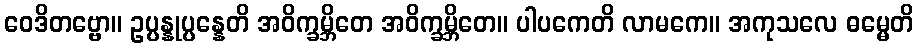
ဝေဒိတဗ္ဗော။ ဥပ္ပန္နုပ္ပန္နေတိ အဝိက္ခမ္ဘိတေ အဝိက္ခမ္ဘိတေ။ ပါပကေတိ လာမကေ။ အကုသလေ ဓမ္မေတိ